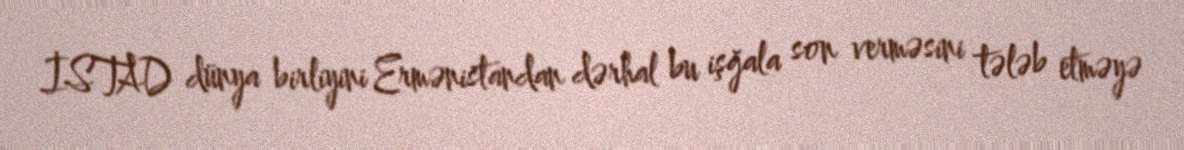
İSTAD dünya birliyini Ermənistandan dərhal bu işğala son verməsini tələb etməyə